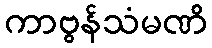
ကာဗွန်သံမဏိ